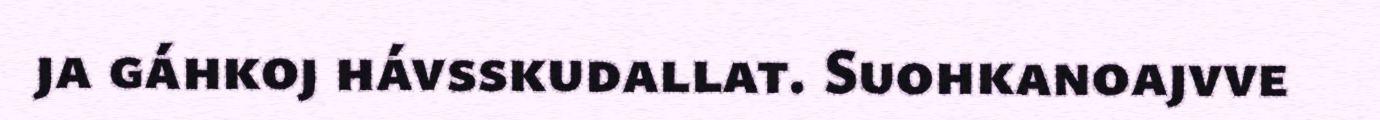
ja gáhkoj hávsskudallat. Suohkanoajvve